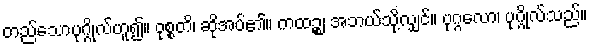
တည်သောပုဂ္ဂိုလ်ဟူ၍။ ဝုစ္စတိ၊ ဆိုအပ်၏။ ကထဉ္စ၊ အဘယ်သို့လျှင်။ ပုဂ္ဂလော၊ ပုဂ္ဂိုလ်သည်။